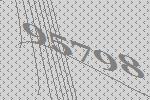
95798